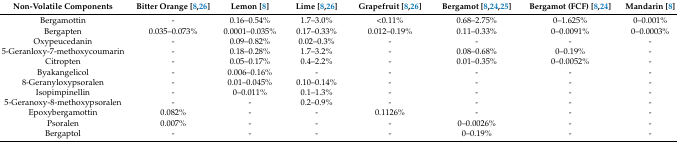
| Non-Volatile Components | Bitter Orange [8,26] | Lemon [8] | Lime [8,26] | Grapefruit [8,26] | Bergamot [8,24,25] | Bergamot (FCF) [8,24] | Mandarin [8] |
 | --- | --- | --- | --- | --- | --- | --- | --- |
 | Bergamottin | - | 0.16–0.54% | 1.7–3.0% | <0.11% | 0.68–2.75% | 0–1.625% | 0–0.001% |
 | Bergapten | 0.035–0.073% | 0.0001–0.035% | 0.17–0.33% | 0.012–0.19% | 0.11–0.33% | 0–0.0091% | 0–0.0003% |
 | Oxypeucedanin | - | 0.09–0.82% | 0.02–0.3% | - | - | - | - |
 | 5-Geranloxy-7-methoxycoumarin | - | 0.18–0.28% | 1.7–3.2% | - | 0.08–0.68% | 0–0.19% | - |
 | Citropten | - | 0.05–0.17% | 0.4–2.2% | - | 0.01–0.35% | 0–0.0052% | - |
 | Byakangelicol | - | 0.006–0.16% | - | - | - | - | - |
 | 8-Geranyloxypsoralen | - | 0.01–0.045% | 0.10–0.14% | - | - | - | - |
 | Isopimpinellin | - | 0–0.011% | 0.1–1.3% | - | - | - | - |
 | 5-Geranoxy-8-methoxypsoralen | - | - | 0.2–0.9% | - | - | - | - |
 | Epoxybergamottin | 0.082% | - | - | 0.1126% | - | - | - |
 | Psoralen | 0.007% | - | - | - | 0–0.0026% | - | - |
 | Bergaptol | - | - | - | - | 0–0.19% | - | - |